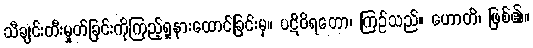
သီချင်းတီးမှုတ်ခြင်းကိုကြည့်ရှုနားထောင်ခြင်းမှ။ ပဋိဝိရတော၊ ကြဉ်သည်။ ဟောတိ၊ ဖြစ်၏။